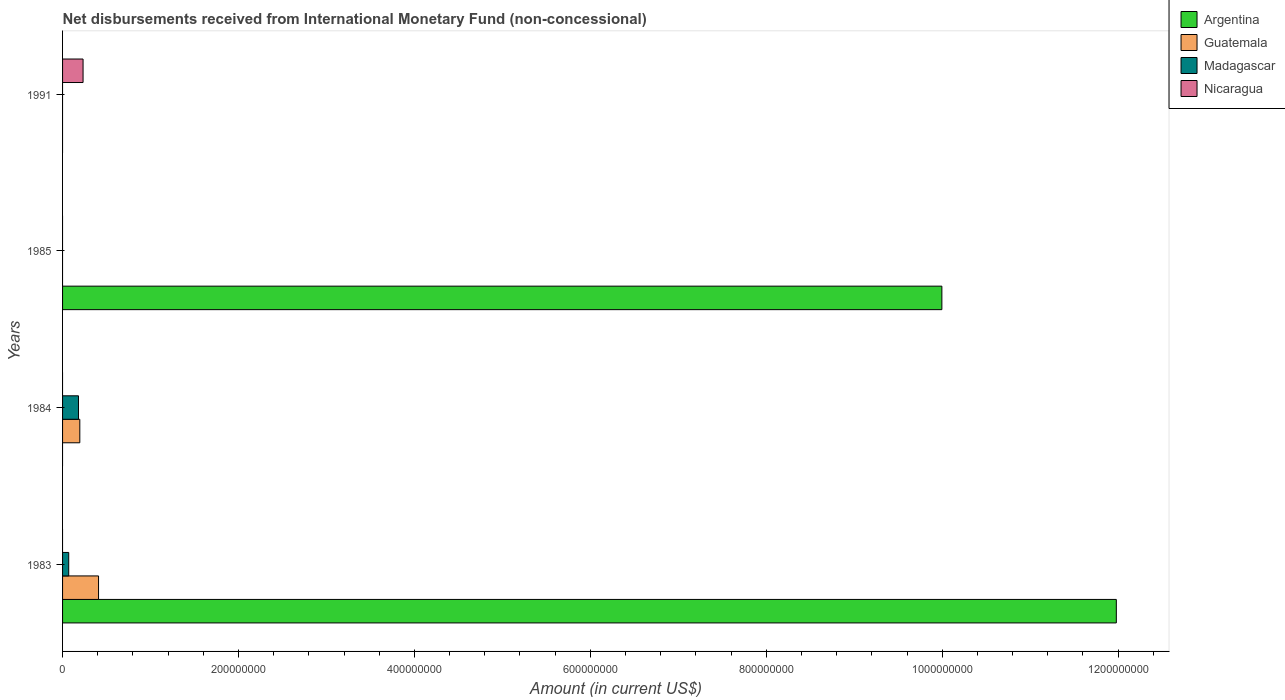
| Years | Argentina | Guatemala | Madagascar | Nicaragua |
 | --- | --- | --- | --- | --- |
 | 1983 | 1.2e+09 | 4.09e+07 | 7e+06 | -4.54e+06 |
 | 1984 | -8.87e+08 | 1.96e+07 | 1.81e+07 | -4.36e+06 |
 | 1985 | 1e+09 | -4.85e+07 | -4.1e+06 | -9.17e+06 |
 | 1991 | -5.9e+08 | -2.82e+06 | -3.43e+07 | 2.33e+07 |